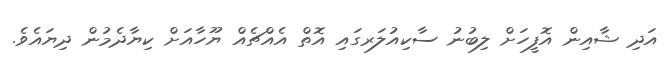
އަދި ޝާއިން އޮފީހަށް ލިބުނު ސާކިއުލަރގައި އޮތް އެއްޗެއް ޔޫހާއަށް ކިޔާދެމުން ދިޔައެވެ.